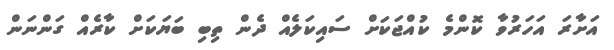
އަށާރަ އަހަރުވާ ކޮންމެ ކުއްޖަކަށް ސައިކަލެއް ދެން ތިބި ބަޔަކަށް ކާރެއް ގަންނަން